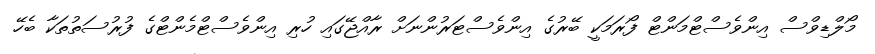
މޯލްޑިވްސް އިންވެސްޓްމަންޓް ފޯރަމަކީ ބޭރުގެ އިންވެސްޓަރުންނަށް ރާއްޖޭގައި ހުރި އިންވެސްޓްމެންޓްގެ ފުރުސަތުތަކާ ބެހޭ